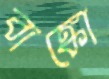
বাঙ্কো